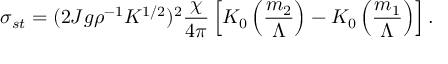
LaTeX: \sigma _ { s t } = ( 2 J g \rho ^ { - 1 } K ^ { 1 / 2 } ) ^ { 2 } { \frac { \chi } { 4 \pi } } \left[ K _ { 0 } \left( { \frac { m _ { 2 } } { \Lambda } } \right) - K _ { 0 } \left( { \frac { m _ { 1 } } { \Lambda } } \right) \right] .